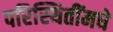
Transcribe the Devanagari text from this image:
परिस्थितींमधे